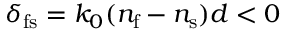
\delta _ { \mathrm { f s } } = k _ { 0 } ( n _ { \mathrm { f } } - n _ { \mathrm { s } } ) d < 0